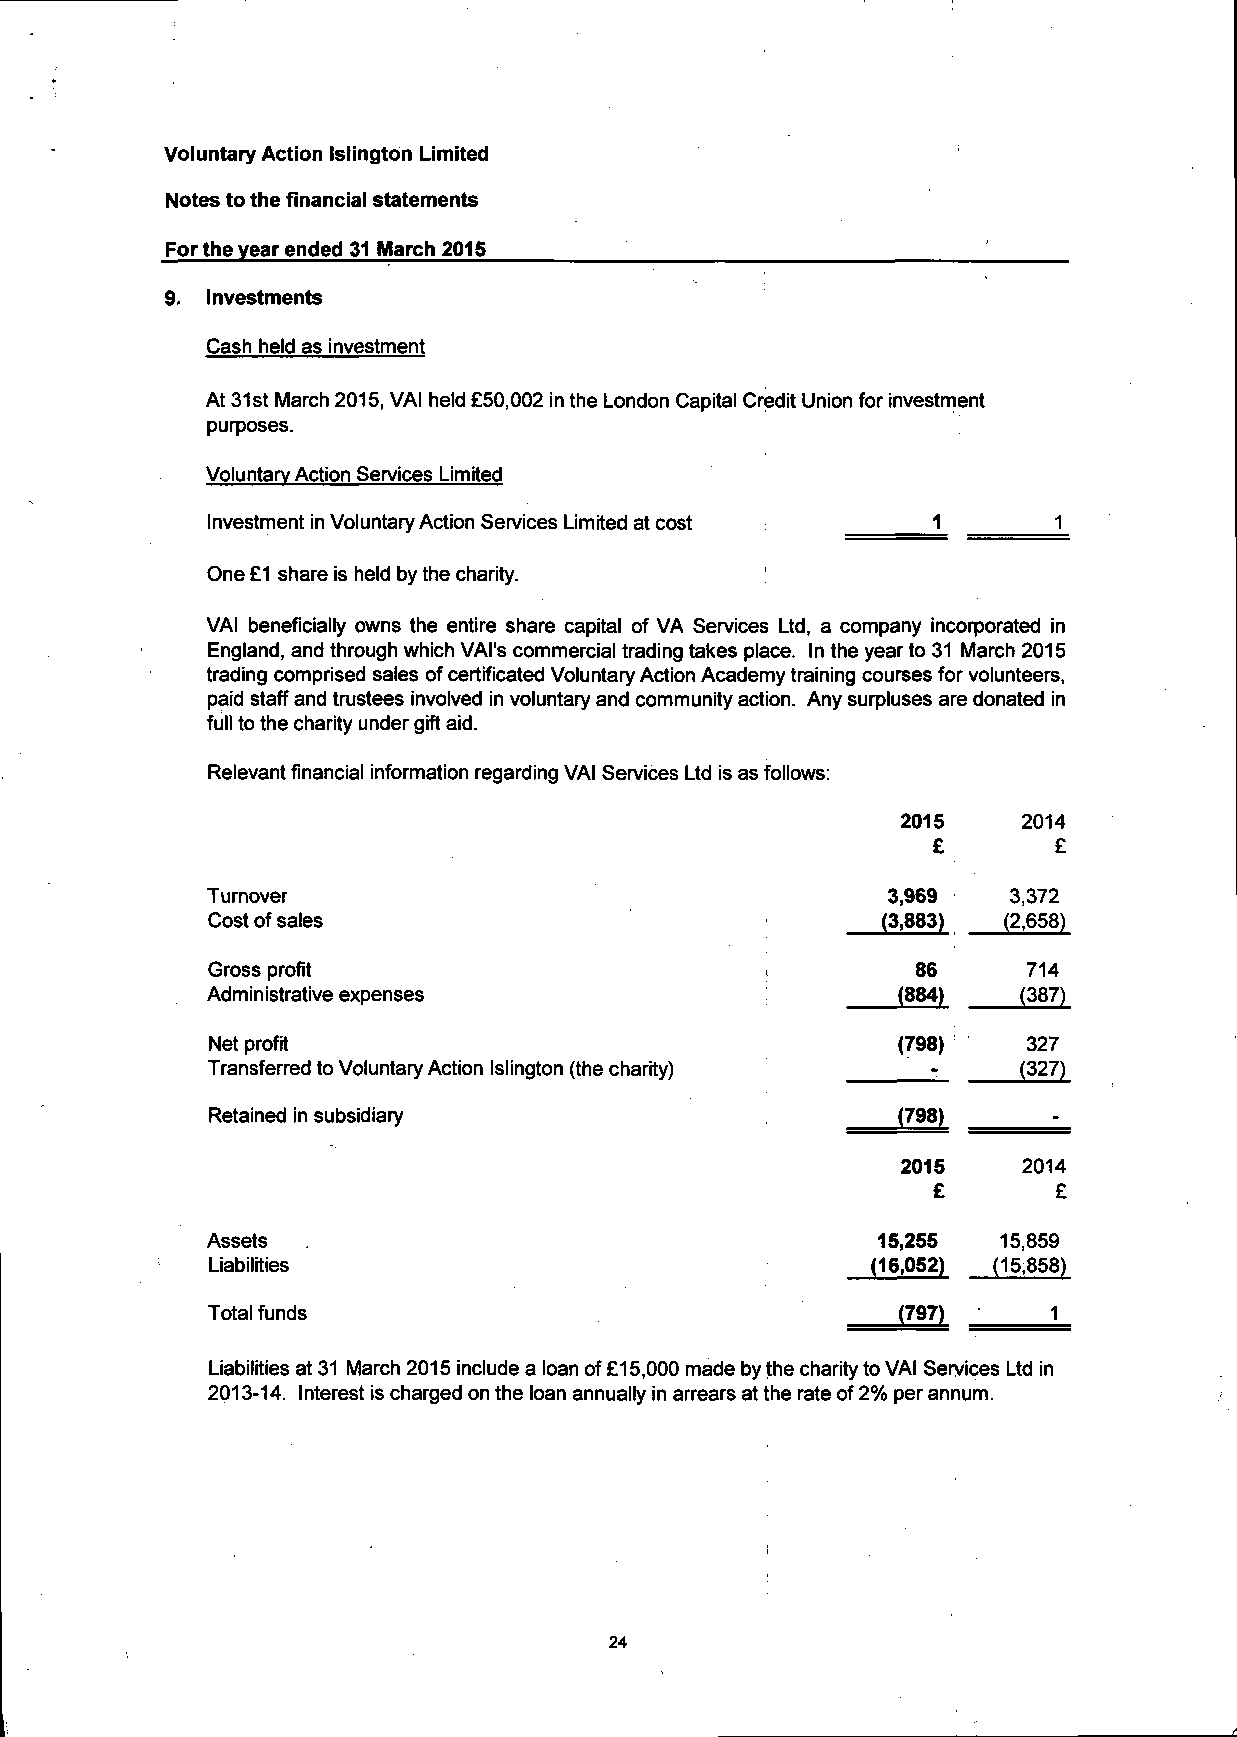
Voluntary Action Islington Limited
 Notes to the financial statements
 For the year ended 31 March 2015
 9. Investments
 Cash held as investment
 At 31st March 2015, VAI held £50,002 in the London Capital Credit Union for investment
 purposes.
 Voluntary Action Services Limited
 Investment in Voluntary Action Services Limited at cost 1 1
 One £1 share is held by the charity.
 VAI beneficially owns the entire share capital of VA Services Ltd, a company incorporated in
 England, and through which VAI's commercial trading takes place. In the year to 31 March 2015
 trading comprised sales of certificated Voluntary Action Academy training courses for volunteers,
 paid staff and trustees involved in voluntary and community action. Any surpluses are donated in
 full to the charity under gift aid.
 Relevant financial information regarding VAI Services Ltd is as follows:
 2015    2014
 £       £
 Turnover                                     3,969   3,372
 Cost of sales                               (3,883) (2,658)
 Gross profit                                   86     714
 Administrative expenses                      (884)   (387)
 Net profit                                   (798)    327
 Transferred to Voluntary Action Islington (the charity) - (327)
 Retained in subsidiary                       (798)      -
 2015    2014
 £       £
 Assets                                      15,255  15,859
 Liabilities                                 (16,052) (15,858)
 Total funds                                  (797)      1
 Liabilities at 31 March 2015 include a loan of £15,000 made by the charity to VAI Services Ltd in
 2013-14. Interest is charged on the loan annually in arrears at the rate of 2% per annum.
 24